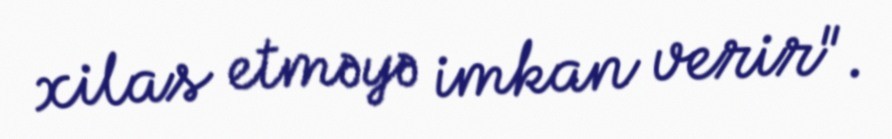
xilas etməyə imkan verir".